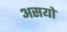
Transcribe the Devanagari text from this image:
असयो